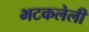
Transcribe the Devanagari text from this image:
भटकलेली